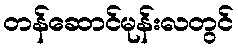
တန်ဆောင်မုန်းလတွင်